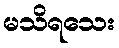
မသိရသေး